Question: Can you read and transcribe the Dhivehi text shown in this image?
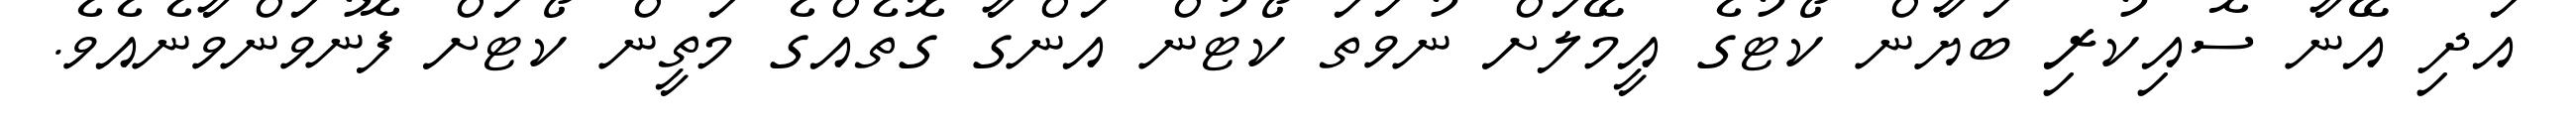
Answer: އަދި އޭނާ ސޮއިކުރި ބަޔާން ކޯޓުގެ އީމޭލަށް ނުވަތަ ކޯޓުން އަންގާ ގޮތެއްގެ މަތީން ކޯޓަށް ފޮނުވަންވާނެއެވެ.